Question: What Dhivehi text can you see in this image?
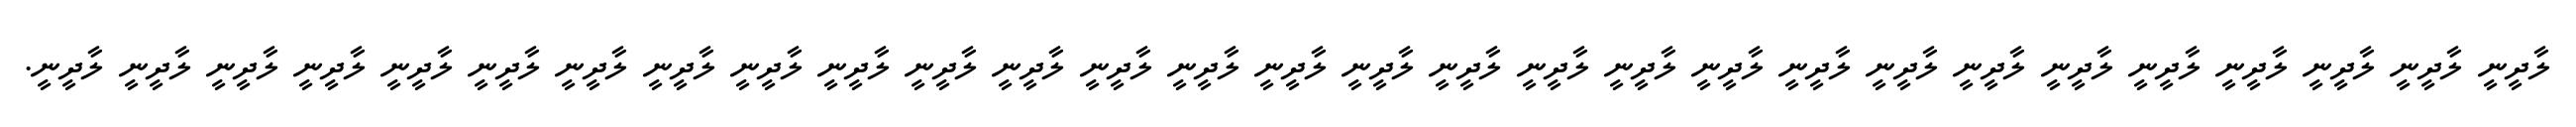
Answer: ލާދީނީ ލާދީނީ ލާދީނީ ލާދީނީ ލާދީނީ ލާދީނީ ލާދީނީ ލާދީނީ ލާދީނީ ލާދީނީ ލާދީނީ ލާދީނީ ލާދީނީ ލާދީނީ ލާދީނީ ލާދީނީ ލާދީނީ ލާދީނީ ލާދީނީ ލާދީނީ ލާދީނީ ލާދީނީ ލާދީނީ ލާދީނީ ލާދީނީ ލާދީނީ ލާދީނީ ލާދީނީ ލާދީނީ.